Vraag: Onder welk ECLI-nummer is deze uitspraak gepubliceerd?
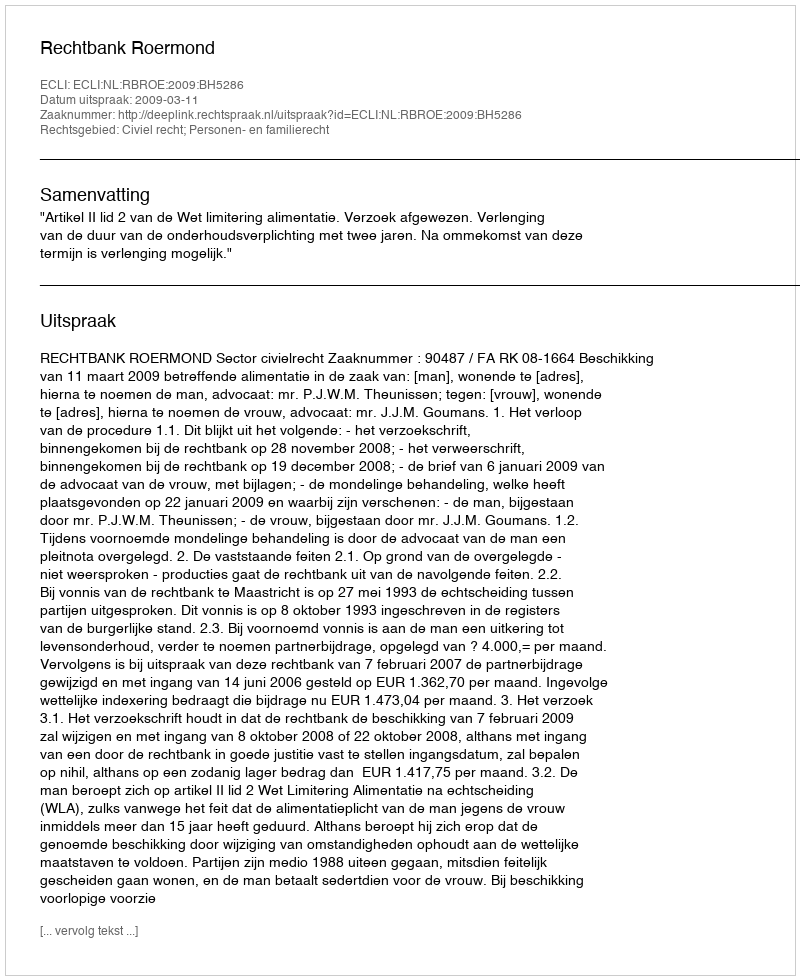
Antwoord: ECLI:NL:RBROE:2009:BH5286